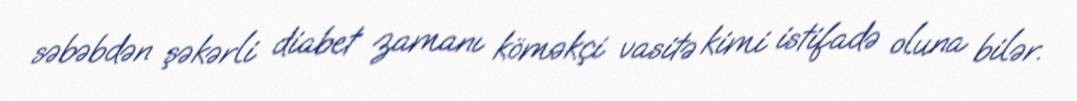
səbəbdən şəkərli diabet zamanı köməkçi vasitə kimi istifadə oluna bilər.